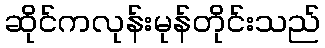
ဆိုင်ကလုန်းမုန်တိုင်းသည်